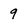
Character: 9